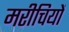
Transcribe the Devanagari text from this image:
मरीचियों